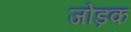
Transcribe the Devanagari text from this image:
जोड़क